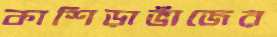
কাশিড়াভাঁজের